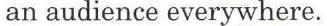
an audience everywhere.